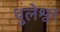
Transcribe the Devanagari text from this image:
धुलेश्वर